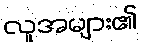
လူအများ၏